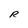
Character: R